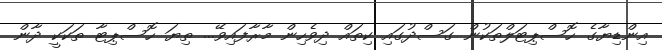
އިންޑިޔާގެ ހޮސްޕިޓަލްތަކުން ގަސްދުގައި ކިތައް ދިވެހިން މާރާފައިވޭ... ތިޔަ ހޮސްޕިޓާ ތަކަކީ ދާން